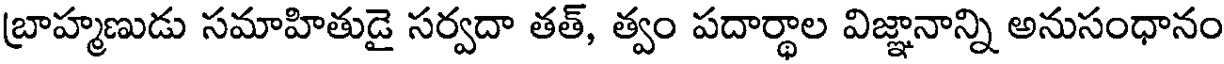
బ్రాహ్మణుడు సమాహితుడై సర్వదా తత్, త్వం పదార్థాల విజ్ఞానాన్ని అనుసంధానం